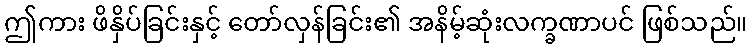
ဤကား ဖိနှိပ်ခြင်းနှင့် တော်လှန်ခြင်း၏ အနိမ့်ဆုံးလက္ခဏာပင် ဖြစ်သည်။